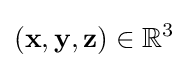
(\mathbf {x} ,\mathbf {y} ,\mathbf {z} )\in \mathbb {R} ^{3}